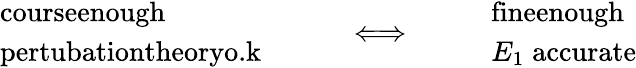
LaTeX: \begin{array}{rlr}{\begin{array}{l}{\textrm{courseenough}}\\ {\textrm{pertubationtheoryo.k}}\end{array}\qquad}&{{}\Longleftrightarrow}&{\qquad\begin{array}{l}{\textrm{fineenough}}\\ {E_{1}\; \textrm{accurate}}\end{array}}\end{array}